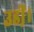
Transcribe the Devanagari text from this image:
उडी़ं।